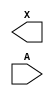
/**
 * Copyright 2020 The SkyWater PDK Authors
 *
 * Licensed under the Apache License, Version 2.0 (the "License");
 * you may not use this file except in compliance with the License.
 * You may obtain a copy of the License at
 *
 *     https://www.apache.org/licenses/LICENSE-2.0
 *
 * Unless required by applicable law or agreed to in writing, software
 * distributed under the License is distributed on an "AS IS" BASIS,
 * WITHOUT WARRANTIES OR CONDITIONS OF ANY KIND, either express or implied.
 * See the License for the specific language governing permissions and
 * limitations under the License.
 *
 * SPDX-License-Identifier: Apache-2.0
 */

`ifndef SKY130_FD_SC_HDLL__DLYGATE4SD3_BLACKBOX_V
`define SKY130_FD_SC_HDLL__DLYGATE4SD3_BLACKBOX_V

/**
 * dlygate4sd3: Delay Buffer 4-stage 0.50um length inner stage gates.
 *
 * Verilog stub definition (black box without power pins).
 *
 * WARNING: This file is autogenerated, do not modify directly!
 */

`timescale 1ns / 1ps
`default_nettype none

(* blackbox *)
module sky130_fd_sc_hdll__dlygate4sd3 (
    X,
    A
);

    output X;
    input  A;

    // Voltage supply signals
    supply1 VPWR;
    supply0 VGND;
    supply1 VPB ;
    supply0 VNB ;

endmodule

`default_nettype wire
`endif  // SKY130_FD_SC_HDLL__DLYGATE4SD3_BLACKBOX_V